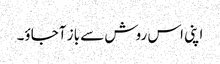
اپنی اس روش سے باز آجاؤ۔